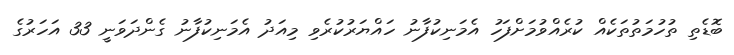
ބޮޑެތި ތުހުމަތުތަކެއް ކުރެއްވުމަށްފަހު އެމަނިކުފާނު ހައްޔަރުކުރެވި މިއަދު އެމަނިކުފާނު ގެންދަވަނީ 33 އަހަރުގެ